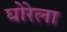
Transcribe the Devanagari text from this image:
घोरेला